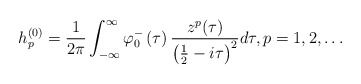
\begin{align*}h_{p}^{\left( 0\right) }=\frac{1}{2\pi}\int_{-\infty}^{\infty}\varphi_{0}^{-}\left( \tau\right) \frac{z^{p}(\tau)}{\left( \frac{1}{2}-i\tau\right) ^{2}}d\tau,p=1,2,\ldots\end{align*}